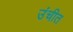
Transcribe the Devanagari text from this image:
उंचीत